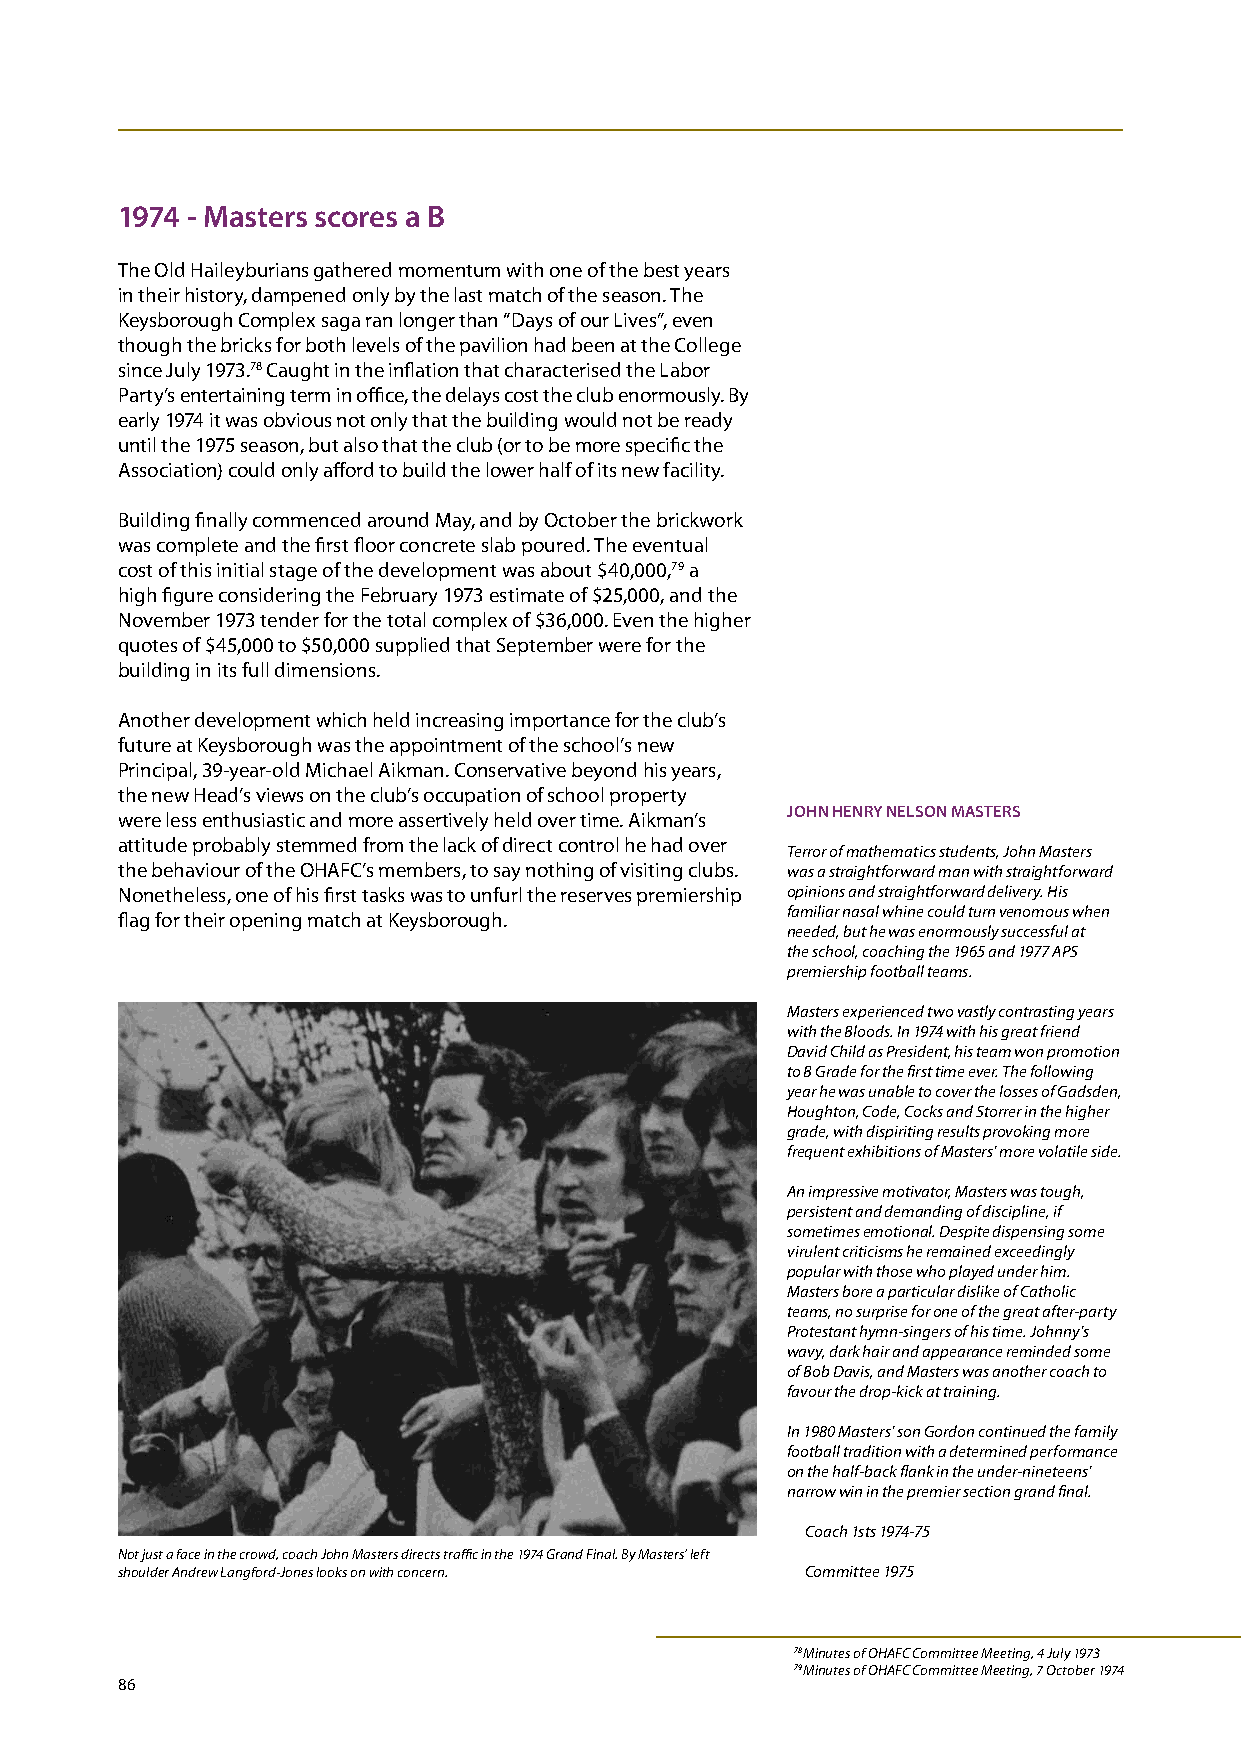
1974 - masters scores a b
 The Old Haileyburians gathered momentum with one of the best years
 in their history, dampened only by the last match of the season. The
 Keysborough Complex saga ran longer than “Days of our Lives”, even
 though the bricks for both levels of the pavilion had been at the College
 since July 1973.78 Caught in the inflation that characterised the Labor
 Party’s entertaining term in office, the delays cost the club enormously. By
 early 1974 it was obvious not only that the building would not be ready
 until the 1975 season, but also that the club (or to be more specific the
 Association) could only afford to build the lower half of its new facility.
 Building finally commenced around May, and by October the brickwork
 was complete and the first floor concrete slab poured. The eventual
 cost of this initial stage of the development was about $40,000,79 a
 high figure considering the February 1973 estimate of $25,000, and the
 November 1973 tender for the total complex of $36,000. Even the higher
 quotes of $45,000 to $50,000 supplied that September were for the
 building in its full dimensions.
 Another development which held increasing importance for the club’s
 future at Keysborough was the appointment of the school’s new
 Principal, 39-year-old Michael Aikman. Conservative beyond his years,
 the new Head’s views on the club’s occupation of school property
 JOHN HENRY NELSON mASTERS
 were less enthusiastic and more assertively held over time. Aikman’s
 attitude probably stemmed from the lack of direct control he had over
 Terror of mathematics students, John Masters
 the behaviour of the OHAFC’s members, to say nothing of visiting clubs. was a straightforward man with straightforward
 Nonetheless, one of his first tasks was to unfurl the reserves premiership opinions and straightforward delivery. His
 familiar nasal whine could turn venomous when
 flag for their opening match at Keysborough.
 needed, but he was enormously successful at
 the school, coaching the 1965 and 1977 APS
 premiership football teams.
 Masters experienced two vastly contrasting years
 with the Bloods. In 1974 with his great friend
 David Child as President, his team won promotion
 to B Grade for the first time ever. The following
 year he was unable to cover the losses of Gadsden,
 Houghton, Code, Cocks and Storrer in the higher
 grade, with dispiriting results provoking more
 frequent exhibitions of Masters’ more volatile side.
 An impressive motivator, Masters was tough,
 persistent and demanding of discipline, if
 sometimes emotional. Despite dispensing some
 virulent criticisms he remained exceedingly
 popular with those who played under him.
 Masters bore a particular dislike of Catholic
 teams, no surprise for one of the great after-party
 Protestant hymn-singers of his time. Johnny’s
 wavy, dark hair and appearance reminded some
 of Bob Davis, and Masters was another coach to
 favour the drop-kick at training.
 In 1980 Masters’ son Gordon continued the family
 football tradition with a determined performance
 on the half-back flank in the under-nineteens’
 narrow win in the premier section grand final.
 Coach 1sts 1974-75
 Not just a face in the crowd, coach John Masters directs traffic in the 1974 Grand Final. By Masters’ left
 shoulder Andrew Langford-Jones looks on with concern. Committee 1975
 78 Minutes of OHAFC Committee Meeting, 4 July 1973
 79 Minutes of OHAFC Committee Meeting, 7 October 1974
 86